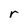
Character: r